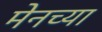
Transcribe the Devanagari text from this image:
मेनच्या